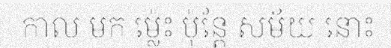
កាល មក ម្ល៉េះ ប៉ុន្តែ សម័យ នោះ